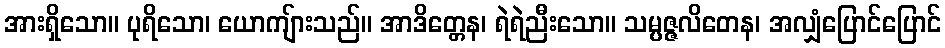
အားရှိသော။ ပုရိသော၊ ယောကျ်ားသည်။ အာဒိတ္တေန၊ ရဲရဲညီးသော။ သမ္ပဇ္ဇလိတေန၊ အလျှံပြောင်ပြောင်